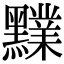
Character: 𪒲